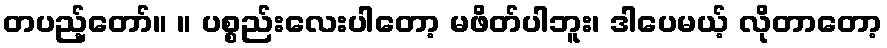
တပည့်တော်။ ။ ပစ္စည်းလေးပါတော့ မဖိတ်ပါဘူး၊ ဒါပေမယ့် လိုတာတော့